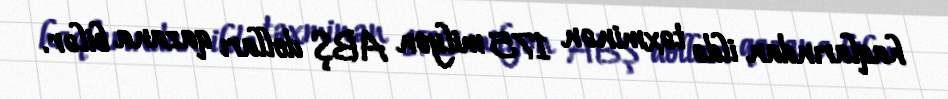
haqlarından ildə təxminən 175 milyon ABŞ dolları qazana bilər.